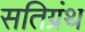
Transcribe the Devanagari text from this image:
सतिग्रंथ